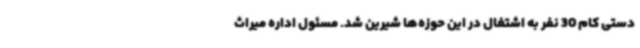
دستی کام 30 نفر به اشتغال در این حوزه‌ها شیرین شد. مسئول اداره میراث‌